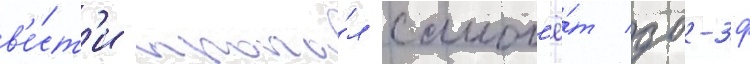
в'е́ст'и пропа́л самол'ё́т дб-3ф